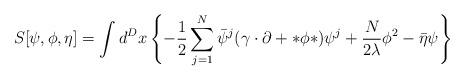
LaTeX: \begin{align*}S[\psi,\phi,\eta]=\int d^Dx \left\{ -\frac{1}{2}\sum_{j=1}^N\bar\psi^j(\gamma\cdot\partial+*\phi*)\psi^j+\frac{N}{2\lambda}\phi^2-\bar\eta\psi\right\}\end{align*}